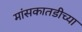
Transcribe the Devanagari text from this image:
मांसकातडीच्या